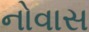
નોવાસ